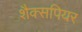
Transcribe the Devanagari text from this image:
शैक्सपियर